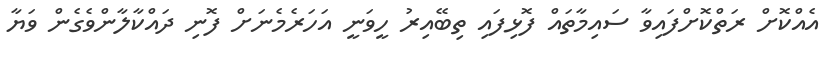
އެއްކޮށް ރަތްކޮށްފައިވާ ސައިމާތައް ފޮޅިފައި ތިބޭއިރު ހީވަނީ އަހަރެމެނަށް ފޮނި ދައްކާލާންވެގެން ވަޔާ